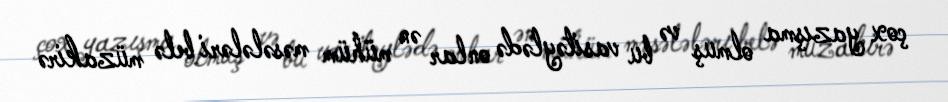
çox yazışma olmuş və bu vasitəylədə onlar ən mühüm məsələləri belə müzakirə